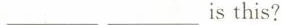
___ ___ is this?